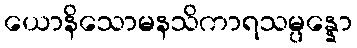
ယောနိသောမနသိကာရသမ္ပန္နော